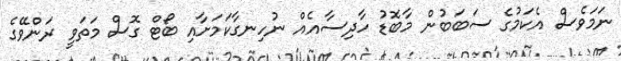
ނަމަވެސް އެކަމުގެ ސަބަބުން މާބޮޑު ހާދިސާއެއް ނުހިނގާކަމަށާއި ބޯޓް ގޮސް މަތަވީ ރަންވޭގެ